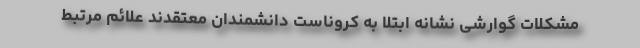
مشکلات گوارشی نشانه ابتلا به کروناست دانشمندان معتقدند علائم مرتبط